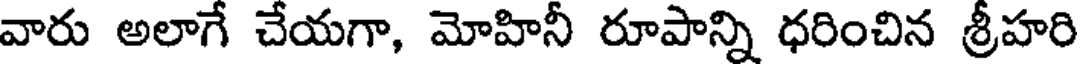
వారు అలాగే చేయగా, మోహినీ రూపాన్ని ధరించిన శ్రీహరి